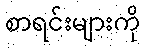
စာရင်းများကို